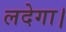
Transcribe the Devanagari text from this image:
लदेगा।